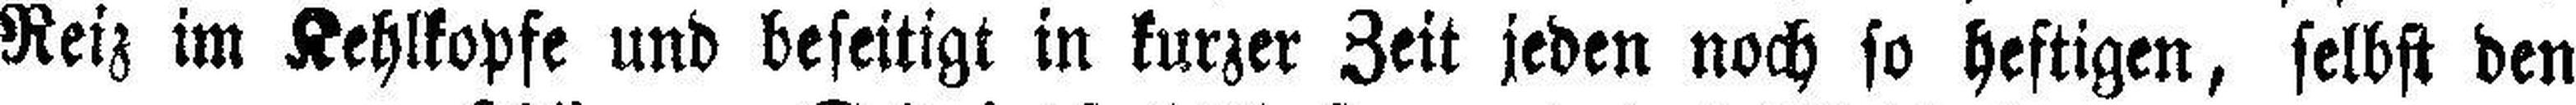
Reiz im Kehlkopfe und beseitigt in kurzer Zeit jeden noch so heftigen, selbst den